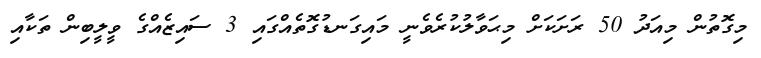
މިގޮތުން މިއަދު 50 ރަށަކަށް މިޙަވާލުކުރެވެނީ މައިގަނޑުގޮތެއްގައި 3 ސައިޒެއްގެ ވީލީބިން ތަކާއި